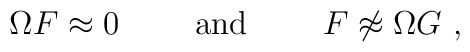
\Omega F\approx 0\qquad\mbox{ and }\qquad F\not\approx \Omega G\ ,